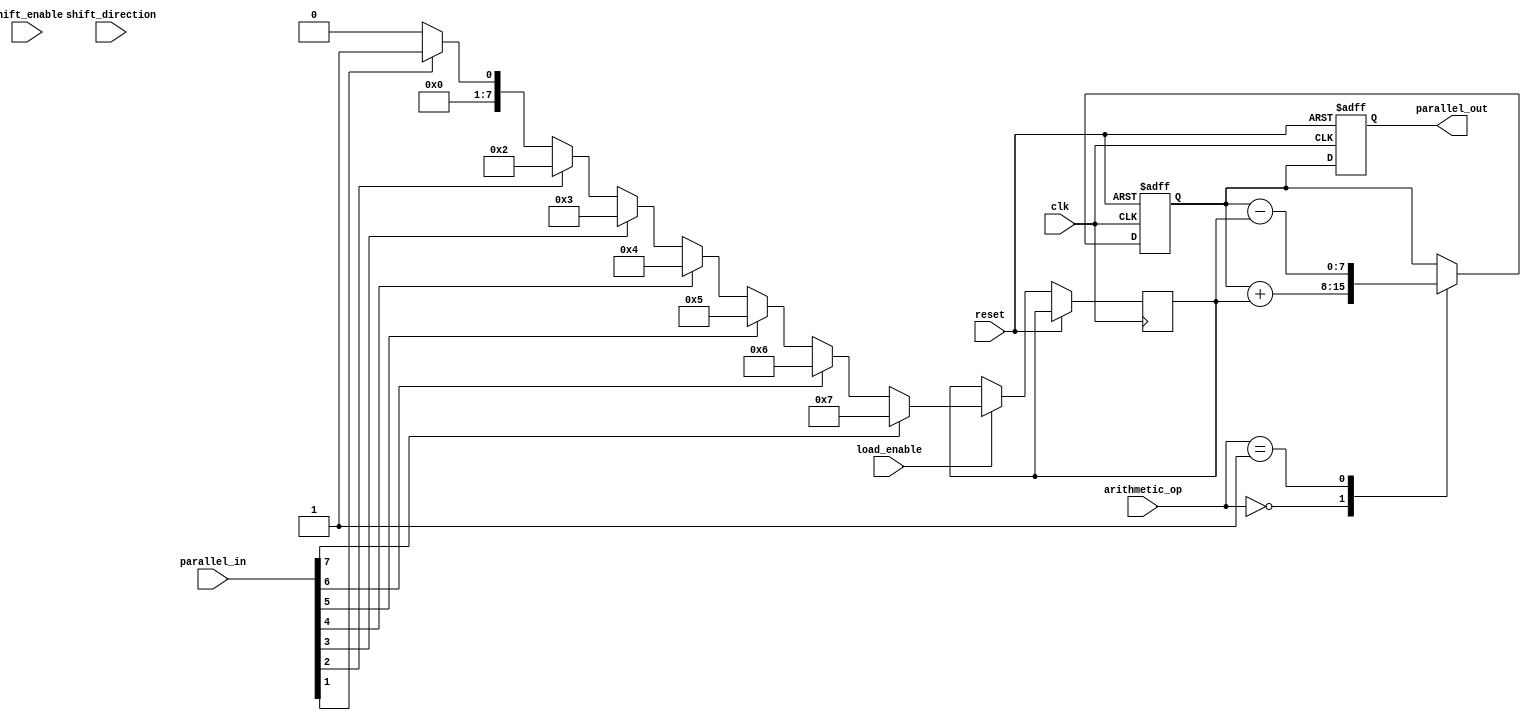
module LogarithmicShiftRegister #(
    parameter WIDTH = 8 // Configurable width of the shift register
)(
    input wire clk,                     // Clock signal
    input wire reset,                   // Reset signal
    input wire load_enable,             // Load new data when asserted
    input wire shift_enable,            // Enable shift operation
    input wire shift_direction,         // 1 for left shift, 0 for right shift
    input wire [1:0] arithmetic_op,     // 00: add, 01: subtract, 10: none
    input wire [WIDTH-1:0] parallel_in, // Parallel input data
    output reg [WIDTH-1:0] parallel_out // Parallel output data
);

    reg [WIDTH-1:0] register;           // Internal register
    reg [WIDTH-1:0] log_data;           // Logarithmic representation of data

    // Logarithmic conversion logic
    function [WIDTH-1:0] log_converter;
        input [WIDTH-1:0] data;
        integer i;
        begin
            // Simple logarithmic conversion using base 2
            log_converter = 0;
            for (i = 0; i < WIDTH; i = i + 1) begin
                if (data[i]) begin
                    log_converter = i; // only takes the position of the highest 1
                end
            end
        end
    endfunction

    always @(posedge clk or posedge reset) begin
        if (reset) begin
            register <= 0;
            parallel_out <= 0;
        end else begin
            if (load_enable) begin
                log_data <= log_converter(parallel_in); // Load and convert to logarithmic scale
            end

            if (shift_enable) begin
                if (shift_direction) begin
                    // Left shift
                    register <= register << 1;
                end else begin
                    // Right shift
                    register <= register >> 1;
                end
            end
            
            // Perform arithmetic operation based on select
            case (arithmetic_op)
                2'b00: register <= register + log_data; // Addition
                2'b01: register <= register - log_data; // Subtraction
                2'b10: register <= register;              // No operation
                default: register <= register;            // Default case
            endcase
            
            parallel_out <= register; // Output the current state of the register
        end
    end

endmodule